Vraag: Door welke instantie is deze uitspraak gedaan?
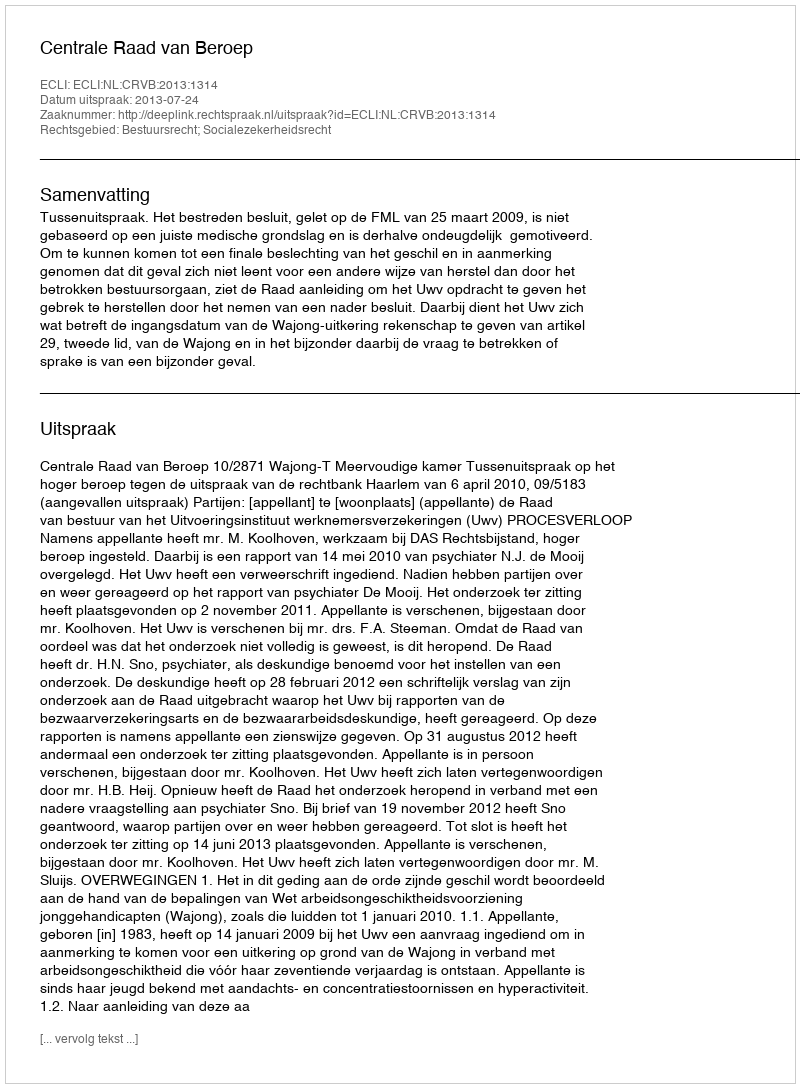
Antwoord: Centrale Raad van Beroep